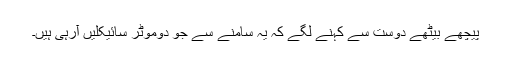
پیچھے بیٹھے دوست سے کہنے لگے کہ یہ سامنے سے جو دوموٹر سائیکلیں آرہی ہیں۔